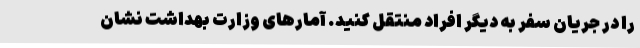
را در جریان سفر به دیگر افراد منتقل کنید. آمارهای وزارت بهداشت نشان